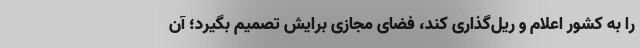
را به کشور اعلام و ریل‌گذاری کند، فضای مجازی برایش تصمیم بگیرد؛ آن